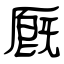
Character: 厩